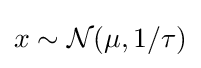
{\textstyle x\sim {\mathcal {N}}(\mu ,1/\tau )}